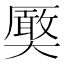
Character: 𭑤